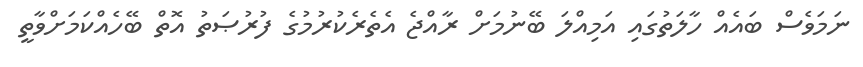
ނަމަވެސް ބައެއް ހާލަތުގައި އަމިއްލަ ބޭނުމަށް ރާއްޖެ އެތެރެކުރުމުގެ ފުރުޞަތު އޮތް ބޭހެއްކަމަށްވާތީ